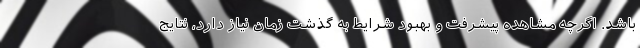
باشد. اگرچه مشاهده پیشرفت و بهبود شرایط به گذشت زمان نیاز دارد، نتایج